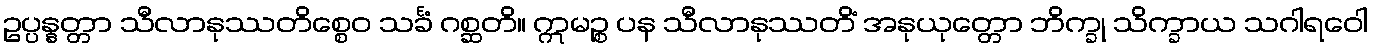
ဥပ္ပန္နတ္တာ သီလာနုဿတိစ္စေဝ သင်္ခံ ဂစ္ဆတိ။ ဣမဉ္စ ပန သီလာနုဿတိံ အနုယုတ္တော ဘိက္ခု သိက္ခာယ သဂါရဝေါ